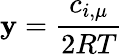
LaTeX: \mathbf{y}=\frac{{c_{i,\mu}}}{{2RT}}